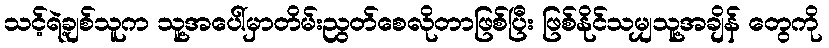
သင့်ရဲ့ချစ်သူက သူ့အပေါ်မှာတိမ်းညွတ်စေလိုတာဖြစ်ပြီး ဖြစ်နိုင်သမျှသူ့အချိန် တွေကို